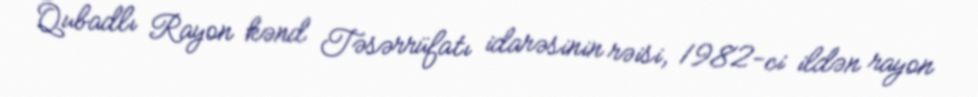
Qubadlı Rayon kənd Təsərrüfatı idarəsinin rəisi, 1982-ci ildən rayon